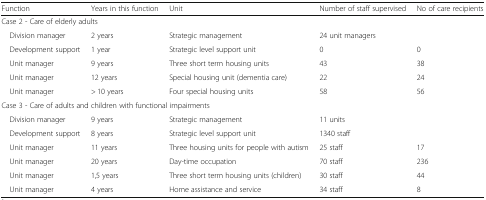
| Function | Years in this function | Unit | Number of staff supervised | No of care recipients |
 | --- | --- | --- | --- | --- |
 | <COLSPAN=5> Case 2 - Care of elderly adults |
 | Division manager | 2 years | Strategic management | 24 unit managers |  |
 | Development support | 1 year | Strategic level support unit | 0 | 0 |
 | Unit manager | 9 years | Three short term housing units | 43 | 38 |
 | Unit manager | 12 years | Special housing unit (dementia care) | 22 | 24 |
 | Unit manager | > 10 years | Four special housing units | 58 | 56 |
 | <COLSPAN=5> Case 3 - Care of adults and children with functional impairments |
 | Division manager | 9 years | Strategic management | 11 units |  |
 | Development support | 8 years | Strategic level support unit | 1340 staff |  |
 | Unit manager | 11 years | Three housing units for people with autism | 25 staff | 17 |
 | Unit manager | 20 years | Day-time occupation | 70 staff | 236 |
 | Unit manager | 1,5 years | Three short term housing units (children) | 30 staff | 44 |
 | Unit manager | 4 years | Home assistance and service | 34 staff | 8 |